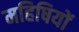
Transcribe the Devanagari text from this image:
महिषियों